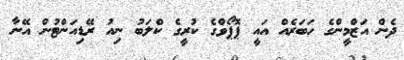
ދެން އަޒްމީންގެ ހަބަރެއް އައީ ޕޮޕޯވްގެ ކުރީގެ ކްލަބު ނިއު ރޭޑިއަންޓުން އޭނާ